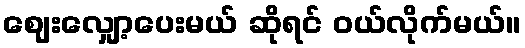
ဈေးလျှော့ပေးမယ် ဆိုရင် ဝယ်လိုက်မယ်။